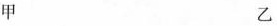
甲 乙